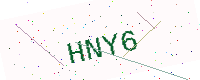
Text: HNY6